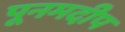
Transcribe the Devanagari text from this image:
पूनमदीप